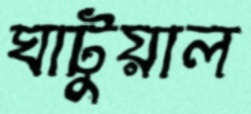
ঘাটুয়াল